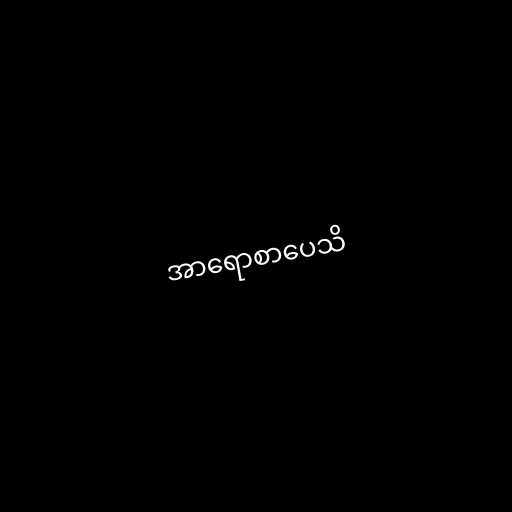
အာရောစာပေသိ